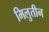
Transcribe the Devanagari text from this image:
मिलुतीन